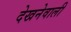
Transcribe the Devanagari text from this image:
देखनेवाली